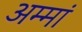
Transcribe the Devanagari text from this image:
अम्मां